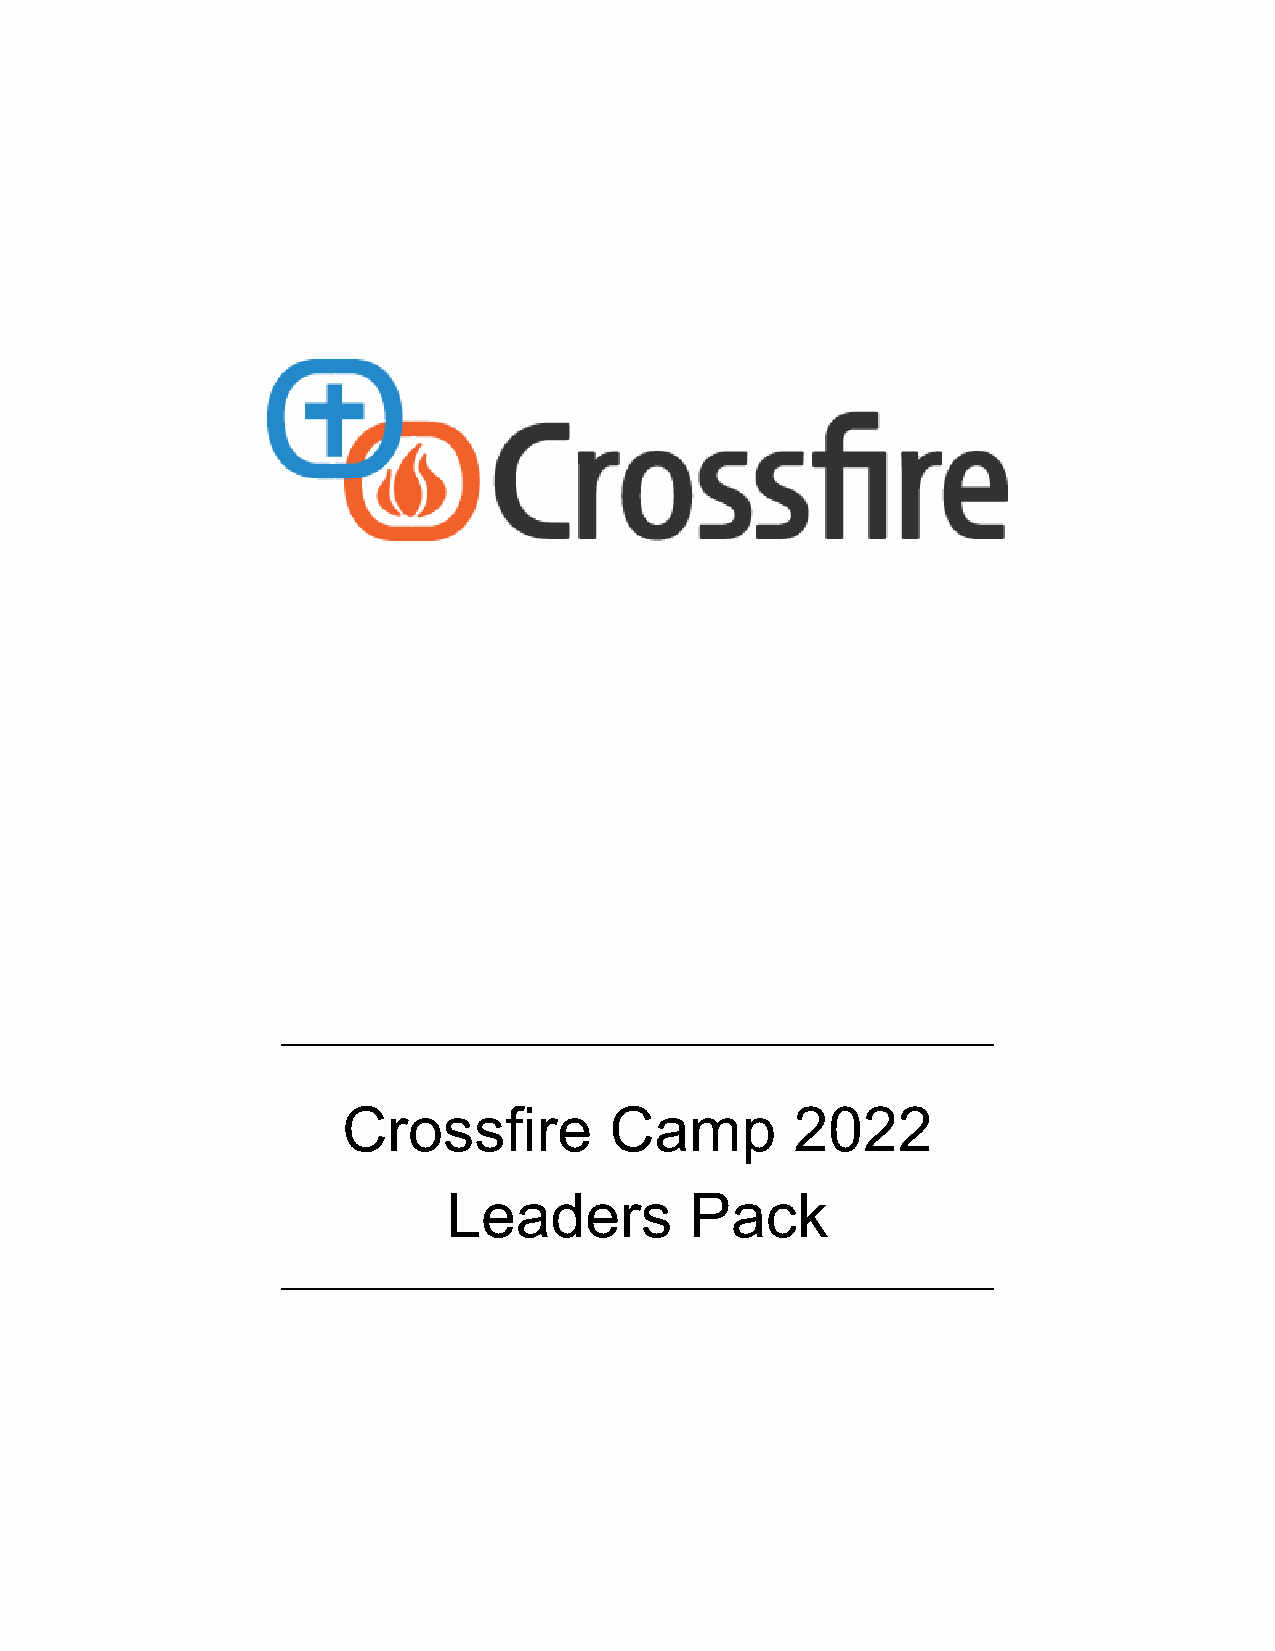
________________________________________________________
 Crossfire        Camp         2022
 Leaders         Pack
 ________________________________________________________